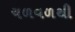
ચળવળથી